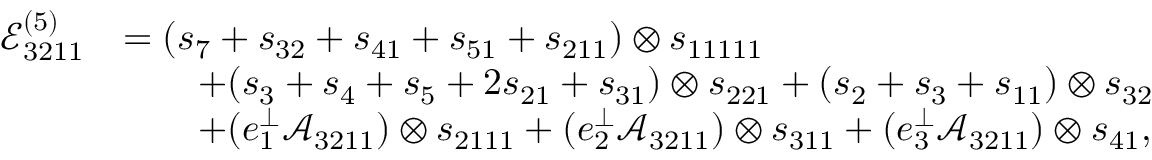
\begin{array} { r l } { \mathcal { E } _ { 3 2 1 1 } ^ { ( 5 ) } } & { = ( s _ { 7 } + s _ { 3 2 } + s _ { 4 1 } + s _ { 5 1 } + s _ { 2 1 1 } ) \otimes s _ { 1 1 1 1 1 } } \\ & { \qquad + ( s _ { 3 } + s _ { 4 } + s _ { 5 } + 2 s _ { 2 1 } + s _ { 3 1 } ) \otimes s _ { 2 2 1 } + ( s _ { 2 } + s _ { 3 } + s _ { 1 1 } ) \otimes s _ { 3 2 } } \\ & { \qquad + ( e _ { 1 } ^ { \perp } \mathcal { A } _ { 3 2 1 1 } ) \otimes s _ { 2 1 1 1 } + ( e _ { 2 } ^ { \perp } \mathcal { A } _ { 3 2 1 1 } ) \otimes s _ { 3 1 1 } + ( e _ { 3 } ^ { \perp } \mathcal { A } _ { 3 2 1 1 } ) \otimes s _ { 4 1 } , } \end{array}